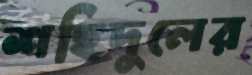
শহিদুলের